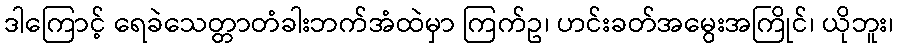
ဒါကြောင့် ရေခဲသေတ္တာတံခါးဘက်အံထဲမှာ ကြက်ဥ၊ ဟင်းခတ်အမွေးအကြိုင်၊ ယိုဘူး၊